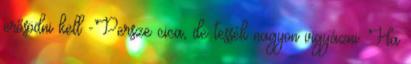
erősödni kell -Persze cica, de tessék nagyon vigyázni. Ha